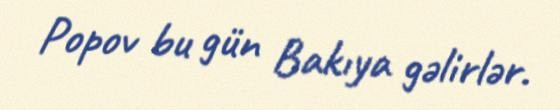
Popov bu gün Bakıya gəlirlər.